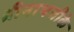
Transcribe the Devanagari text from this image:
श्रीनाथजीके